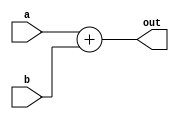
`timescale 1ns / 1ps
//////////////////////////////////////////////////////////////////////////////////
// Company: 
// Engineer: 
// 
// Design Name: 
// Module Name: PCAdder
// Project Name: 
// Target Devices: 
// Tool Versions: 
// Description: 
// 
// Dependencies: 
// 
// Revision:
// Revision 0.01 - File Created
// Additional Comments:
// 
//////////////////////////////////////////////////////////////////////////////////


module adder(
    input [11:0] a,
    input [11:0] b,
    output reg [11:0] out
    );
    
    always @ (*)
    begin
        out = a+b;
    end
endmodule